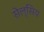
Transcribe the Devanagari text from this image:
सेल्सिय